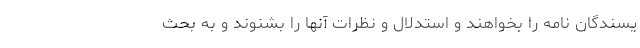
یسندگان نامه را بخواهند و استدلال و نظرات آنها را بشنوند و به بحث